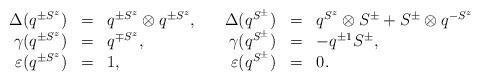
LaTeX: \begin{align*}\begin{array}{rclrcl} \Delta (q^{\pm S^z}) &=& q^{\pm S^z}\otimes q^{\pm S^z},\quad & \Delta (q^{S^\pm}) &=& q^{S^z}\otimes S^\pm + S^\pm\otimes q^{-S^z} \\ {\gamma } (q^{\pm S^z}) &=& q^{\mp S^z}, & {\gamma } (q^{S^\pm}) &=& -q^{\pm 1} S^\pm, \\ \varepsilon (q^{\pm S^z}) &=& 1, & \varepsilon (q^{S^\pm}) &=& 0.\end{array}\end{align*}